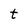
Character: t